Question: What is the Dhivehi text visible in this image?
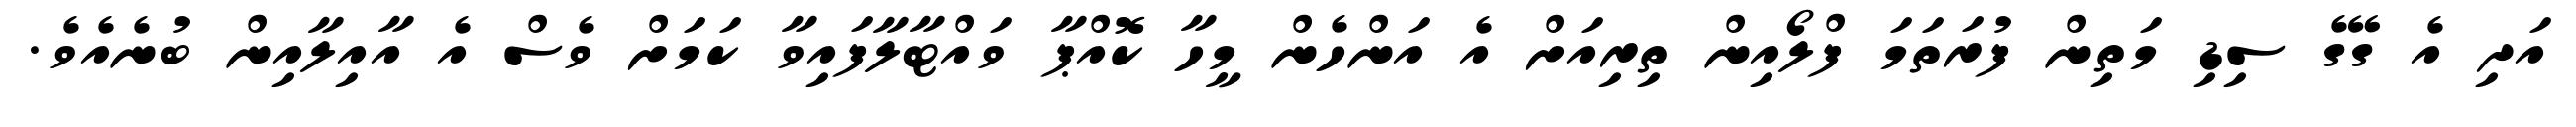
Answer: އަދި އެ ގޭގެ ސިޑި މަތިން ފުރަތަމަ ފްލޯއިން ތިރިއަށް އެ އަންހެން މީހާ ކޮއްޕާ ވައްޓާލާފައިވާ ކަމަށް ވެސް އެ އާއިލާއިން ބުނެއެވެ.